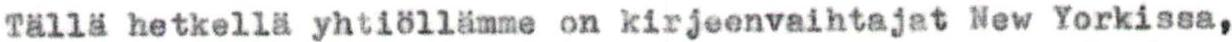
Tällä hetkellä yhtiöllämme on kirjeenvaihtajat New Yorkissa,